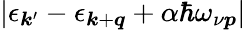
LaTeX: |\epsilon_{\boldsymbol{k}^{\prime}}-\epsilon_{\boldsymbol{k}+\boldsymbol{q}}+\alpha\hbar\omega_{\nu\boldsymbol{p}}|